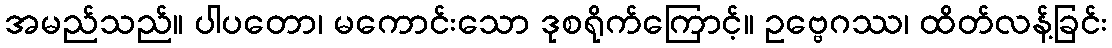
အမည်သည်။ ပါပတော၊ မကောင်းသော ဒုစရိုက်ကြောင့်။ ဥဗ္ဗေဂဿ၊ ထိတ်လန့်ခြင်း